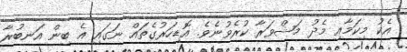
އެކު މިކަމާއި މެދު މަޝްވަރާ ކުރެވުނެވެ. އޮޑިހަރުގެތައް ނަގައި އެ ބިން އަނބުރާ